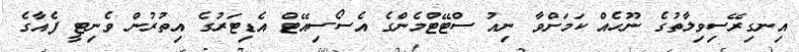
އިނގިރޭސިވިލާތުގެ ނޫހެއް ކަމަށްވާ ނިއު ސްޓޭޓްމެންގެ އެސޯސިއޭޓް އެޑިޓަރުގެ އިތުރުން ވެނިޓީ ފެއާގެ